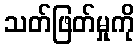
သတ်ဖြတ်မှုကို